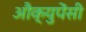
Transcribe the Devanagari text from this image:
औक्युपेंसी